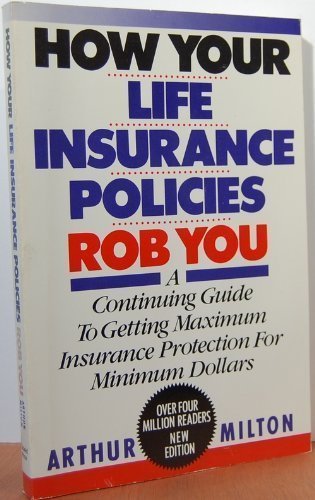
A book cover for How Your Life Insurance Policies Rob You; Arthur Milton; Business & Money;